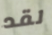
لقد